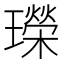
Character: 𤪤